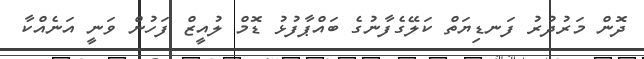
ދޮން މަރުދުރު ފަނޑިޔަތް ކަލޭގެފާނުގެ ބައްޕާފުޅު ޑޮމް ލުއީޒް ފަހުން ވަނީ އަނެއްކާ